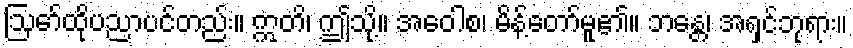
ဩော်ထိုပညာပင်တည်း။ ဣတိ၊ ဤသို့။ အဝေါစ၊ မိန့်တော်မူ၏။ ဘန္တေ၊ အရှင်ဘုရား။